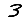
Digit: 3